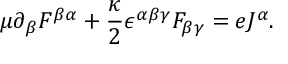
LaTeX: \mu \partial _ { \beta } F ^ { \beta \alpha } + \frac { \kappa } { 2 } \epsilon ^ { \alpha \beta \gamma } F _ { \beta \gamma } = e J ^ { \alpha } .